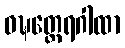
ဝဍ္ဎတ္ထေရဂါထာ